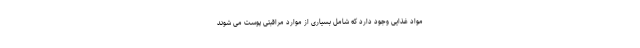
مواد غذایی وجود دارد که شامل بسیاری از موارد مراقبتی پوست می شوند